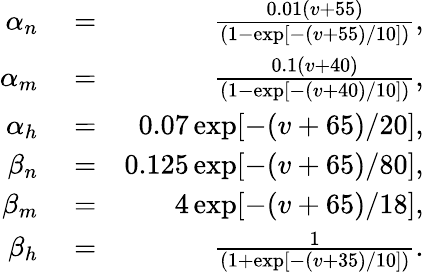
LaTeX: \begin{array}{rlr}{\alpha_{n}}&{{}=}&{\frac{0.01(v+55)}{(1-\exp[-(v+55)/10])},}\\ {\alpha_{m}}&{{}=}&{\frac{0.1(v+40)}{(1-\exp[-(v+40)/10])},}\\ {\alpha_{h}}&{{}=}&{0.07\exp[-(v+65)/20],}\\ {\beta_{n}}&{{}=}&{0.125\exp[-(v+65)/80],}\\ {\beta_{m}}&{{}=}&{4\exp[-(v+65)/18],}\\ {\beta_{h}}&{{}=}&{\frac{1}{(1+\exp[-(v+35)/10])}.}\end{array}